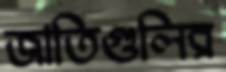
জাতিগুলির